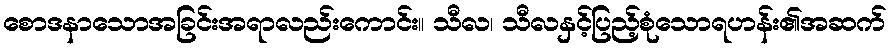
စောဒနာသောအခြင်းအရာလည်းကောင်း။ သီလ၊ သီလနှင့်ပြည့်စုံသောရဟန်း၏အဆက်